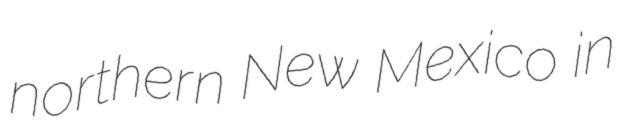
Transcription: northern New Mexico in